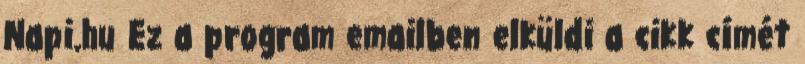
Napi.hu Ez a program emailben elküldi a cikk címét